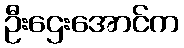
ဦးဌေးအောင်က